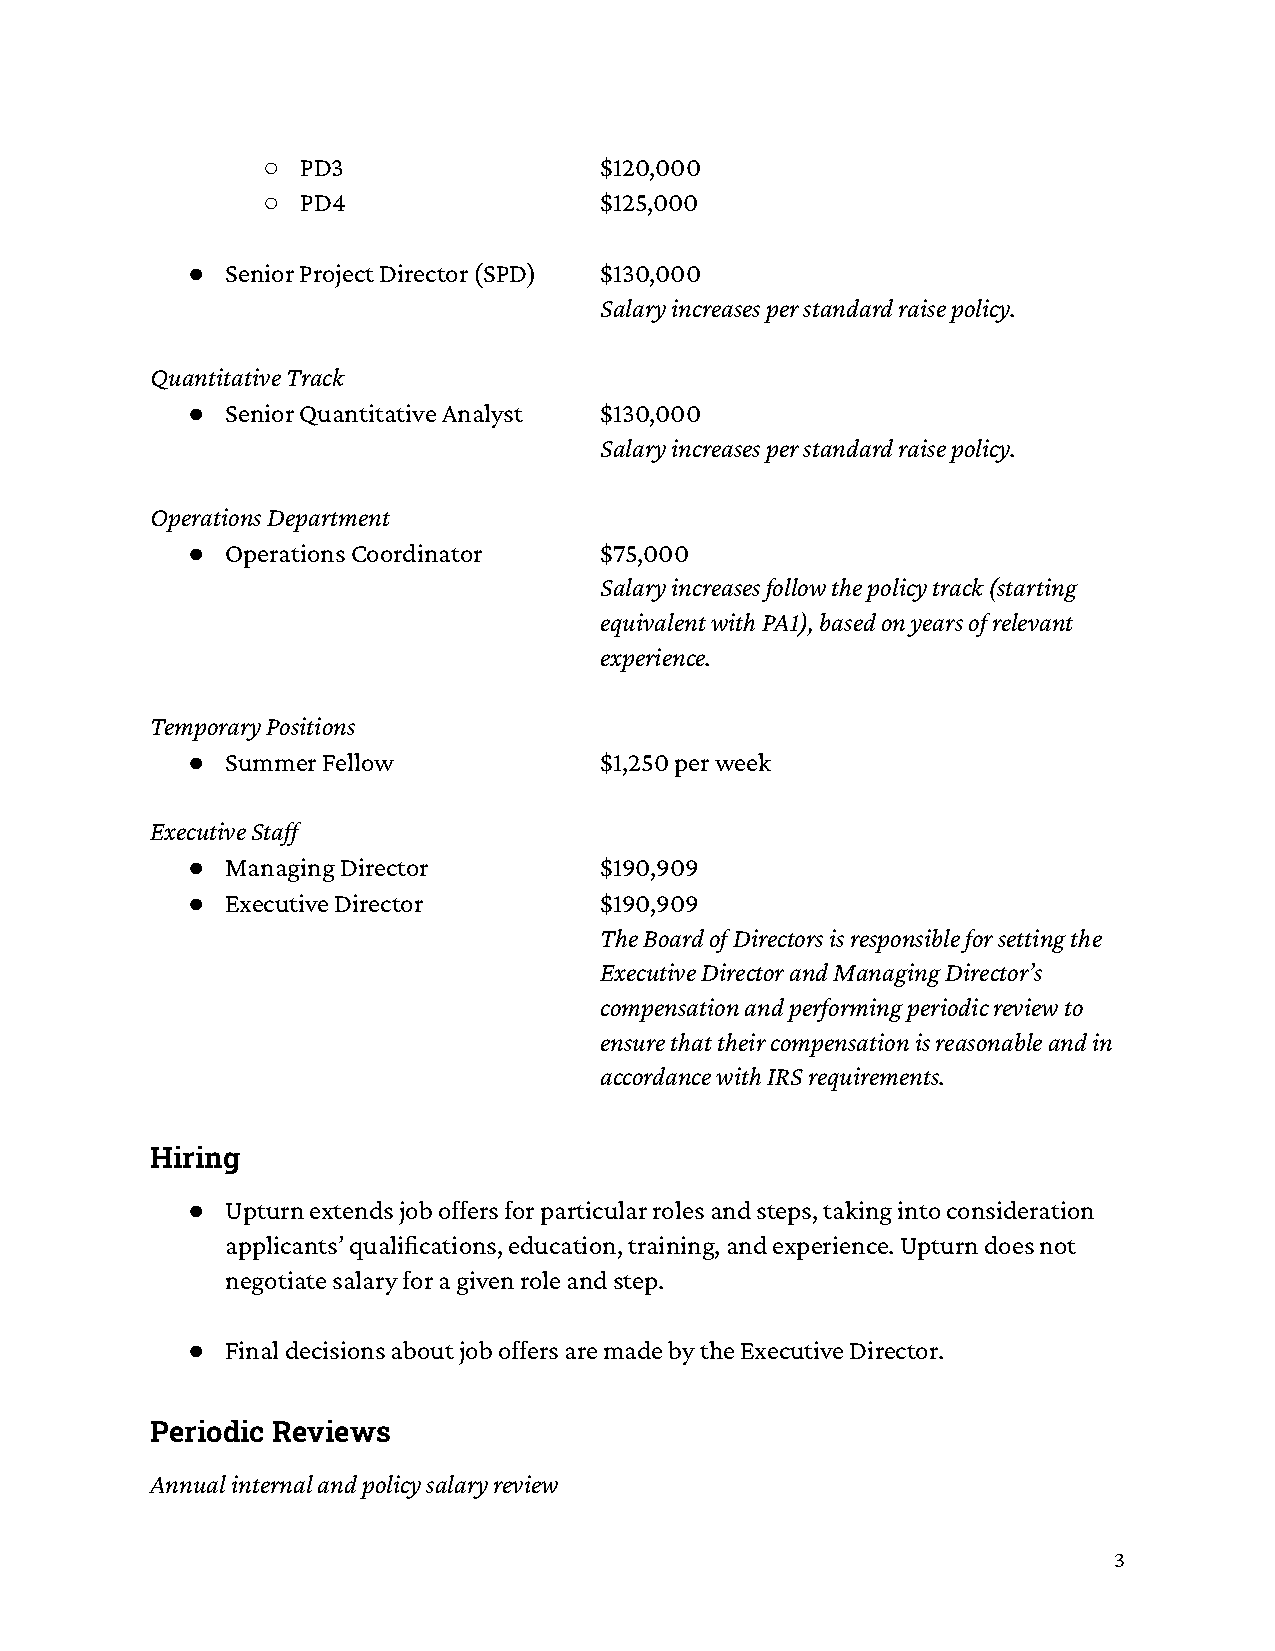
○  PD3                 $120,000
 ○  PD4                 $125,000
 ●  Senior Project Director (SPD) $130,000
 Salary increases per standard raise policy.
 Quantitative Track
 ●  Senior Quantitative Analyst $130,000
 Salary increases per standard raise policy.
 Operations Department
 ●  Operations Coordinator   $75,000
 Salary increases follow the policy track (starting
 equivalent with PA1), based on years of relevant
 experience.
 Temporary Positions
 ●  Summer Fellow            $1,250 per week
 Executive Staff
 ●  Managing Director        $190,909
 ●  Executive Director       $190,909
 The Board of Directors is responsible for setting the
 Executive Director and Managing Director’s
 compensation and performing periodic review to
 ensure that their compensation is reasonable and in
 accordance with IRS requirements.
 Hiring
 ●  Upturn extends job offers for particular roles and steps, taking into consideration
 applicants’ qualications, education, training, and experience. Upturn does not
 negotiate salary for a given role and step.
 ●  Final decisions about job offers are made by the Executive Director.
 Periodic Reviews
 Annual internal and policy salary review
 3